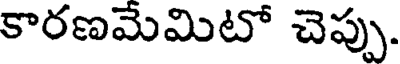
కారణమేమిటో చెప్పు.